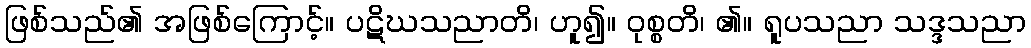
ဖြစ်သည်၏ အဖြစ်ကြောင့်။ ပဋိဃသညာတိ၊ ဟူ၍။ ဝုစ္စတိ၊ ၏။ ရူပသညာ သဒ္ဒသညာ